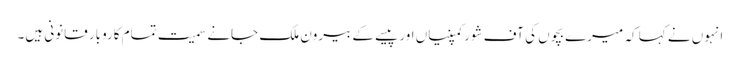
انہوں نے کہا کہ میرے بچوں کی آف شورکمپنیاں اور پیسے کے بیرون ملک جانے سمیت تمام کاروبار قانونی ہیں۔